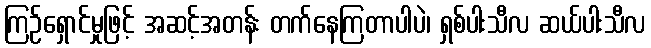
ကြဉ်ရှောင်မှုဖြင့် အဆင့်အတန်း တက်နေကြတာပါပဲ၊ ရှစ်ပါးသီလ ဆယ်ပါးသီလ